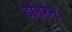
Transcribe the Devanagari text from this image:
डोंगरेन